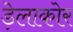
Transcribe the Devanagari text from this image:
ड़ेलाकोर